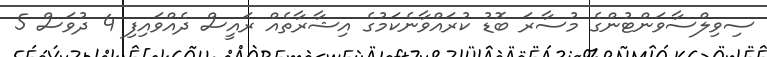
ސިވިލްސާވަންޓުންގެ މުސާރަ ބޮޑު ކުރައްވާނެކަމުގެ އިޝާރާތެއް ރައީސް ދެއްވައިފި 4 ދުވަސް 5